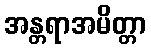
အန္တရာအမိတ္တာ